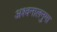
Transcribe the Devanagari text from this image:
अश्वनालनुमा